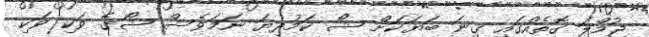
ޖުމްލަ ގޮތެއްގައި ގިނަ ބަޔަކަށް ޝޯ ކަމުދިޔަ ނަމަވެސް ޝޯގެ ވަކި ވަކި